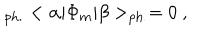
LaTeX: _ { \mathrm { p h . } } < \alpha | \Phi _ { m } | \beta > _ { \mathrm { p h . } } = 0 ~ ,